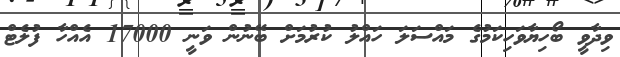
ވިދާވީ ބޯހިޔާވަހިކަމުގެ މައްސަލަ ހައްލު ކުރުމަށް ބޭނުން ވަނީ 17000 އެއްހާ ފުލެޓް